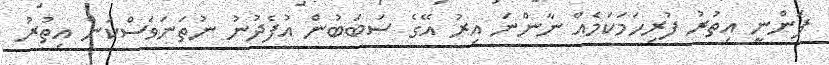
ފަންނީ އިތުރު ފުރިހަމަކަމެއް ނާންނަ އިރު އޭގެ ސަބަބުން އުފެދުނު ނުތަނަވަސްކަން އިތުރު